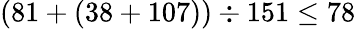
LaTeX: (81+(38+107))\div 151\leq 78